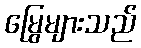
မြွေများသည်